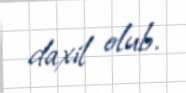
daxil olub.